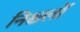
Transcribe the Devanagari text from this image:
निश्चलों